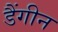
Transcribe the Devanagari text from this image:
डैंगीन